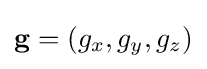
\mathbf {g} =(g_{x},g_{y},g_{z})